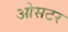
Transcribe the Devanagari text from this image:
ओसटर